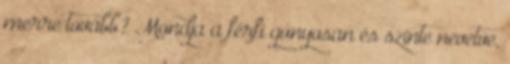
merre tovább? Mondja a férfi gúnyosan és szinte nevetve,